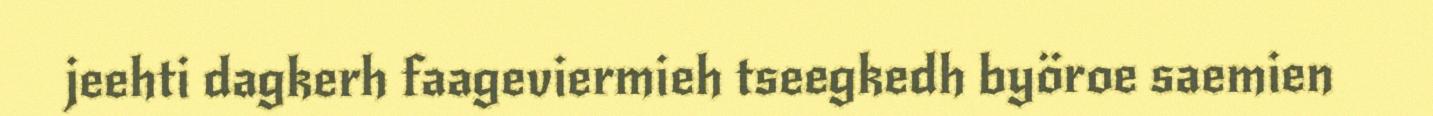
jeehti dagkerh faageviermieh tseegkedh byöroe saemien